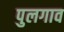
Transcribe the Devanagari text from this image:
पुलगाव